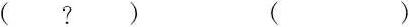
（？） （ ）